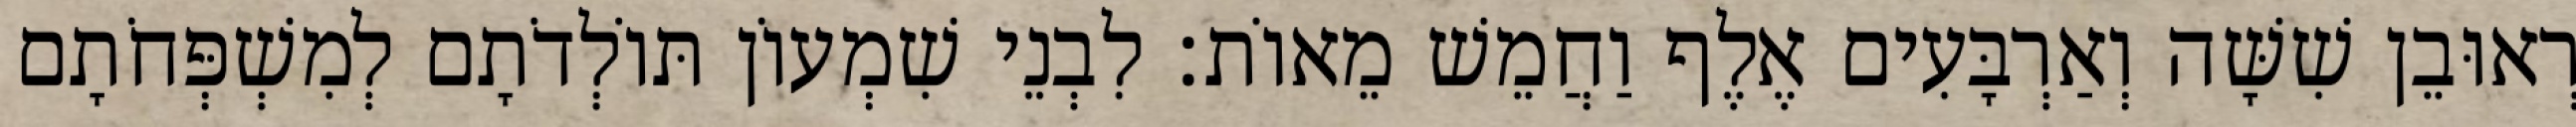
רְאוּבֵן שִׁשָּׁה וְאַרְבָּעִים אֶלֶף וַחֲמֵשׁ מֵאוֹת׃ לִבְנֵי שִׁמְעוֹן תּוֹלְדֹתָם לְמִשְׁפְּחֹתָם